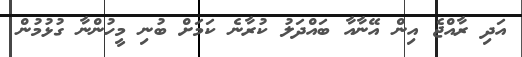
އަދި ރާއްޖެ އިން އޭނާއާ ބައްދަލު ކުރާނެ ކަމަށް ބުނި މީހުންނާ ގުޅުމުން